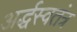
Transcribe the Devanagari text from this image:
अर्द्धस्वतंत्र